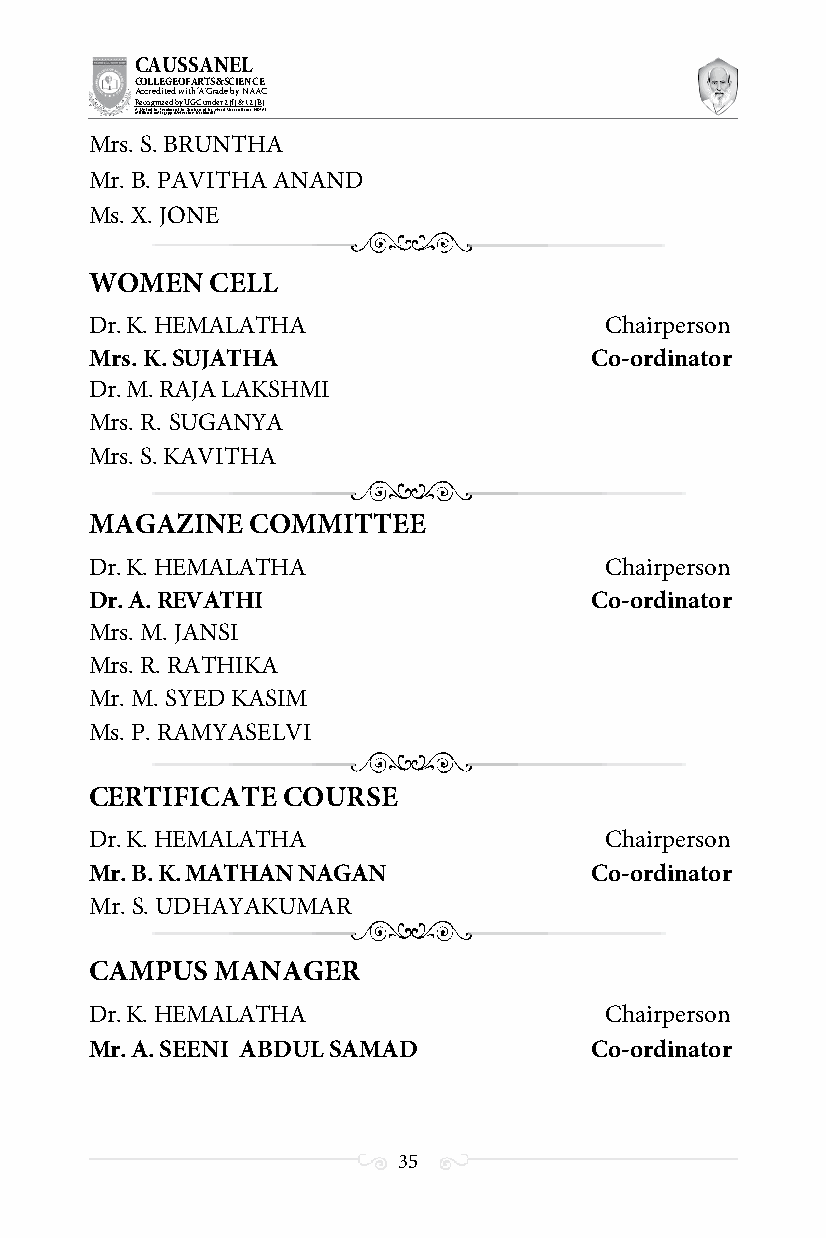
CAUSSANEL
 COLLEGE OF ARTS & SCIENCE
 Accredited with ‘A’ Grade by NAAC
 Recognized by UGC under 2 (f) & 12 (B)
 ((AA fUfilniaitt eodf ttoh eA Ilnasgtaitpuptae oUfn tihvee rBsirtoy,t hKerasr aoifk uthdei )S acred Heart of Jesus, INDIA)
 Mrs. S. BRUNTHA
 Mr. B. PAVITHA ANAND
 Ms. X. JONE
 WOMEN   CELL
 Dr. K. HEMALATHA                  Chairperson
 Mrs. K. SUJATHA                  Co-ordinator
 Dr. M. RAJA LAKSHMI
 Mrs. R. SUGANYA
 Mrs. S. KAVITHA
 MAGAZINE   COMMITTEE
 Dr. K. HEMALATHA                  Chairperson
 Dr. A. REVATHI                   Co-ordinator
 Mrs. M. JANSI
 Mrs. R. RATHIKA
 Mr. M. SYED KASIM
 Ms. P. RAMYASELVI
 CERTIFICATE  COURSE
 Dr. K. HEMALATHA                  Chairperson
 Mr. B. K. MATHAN NAGAN           Co-ordinator
 Mr. S. UDHAYAKUMAR
 CAMPUS  MANAGER
 Dr. K. HEMALATHA                  Chairperson
 Mr. A. SEENI ABDUL SAMAD         Co-ordinator
 35